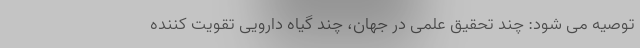
توصیه می شود: چند تحقیق علمی در جهان، چند گیاه دارویی تقویت کننده